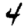
Digit: 4